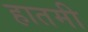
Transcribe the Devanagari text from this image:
हातमी